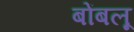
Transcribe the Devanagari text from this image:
बोंबलू